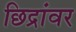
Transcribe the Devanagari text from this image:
छिद्रांवर